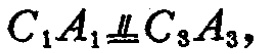
$C_{1}A_{1}\buildrel \parallel \over =C_{3}A_{3},$